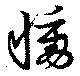
慟